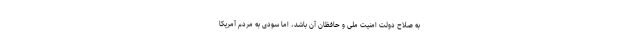
به صلاح دولت امنیت ملی و حافظان آن باشد، اما سودی به مردم آمریکا